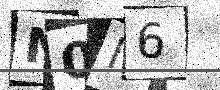
Text: N0I6